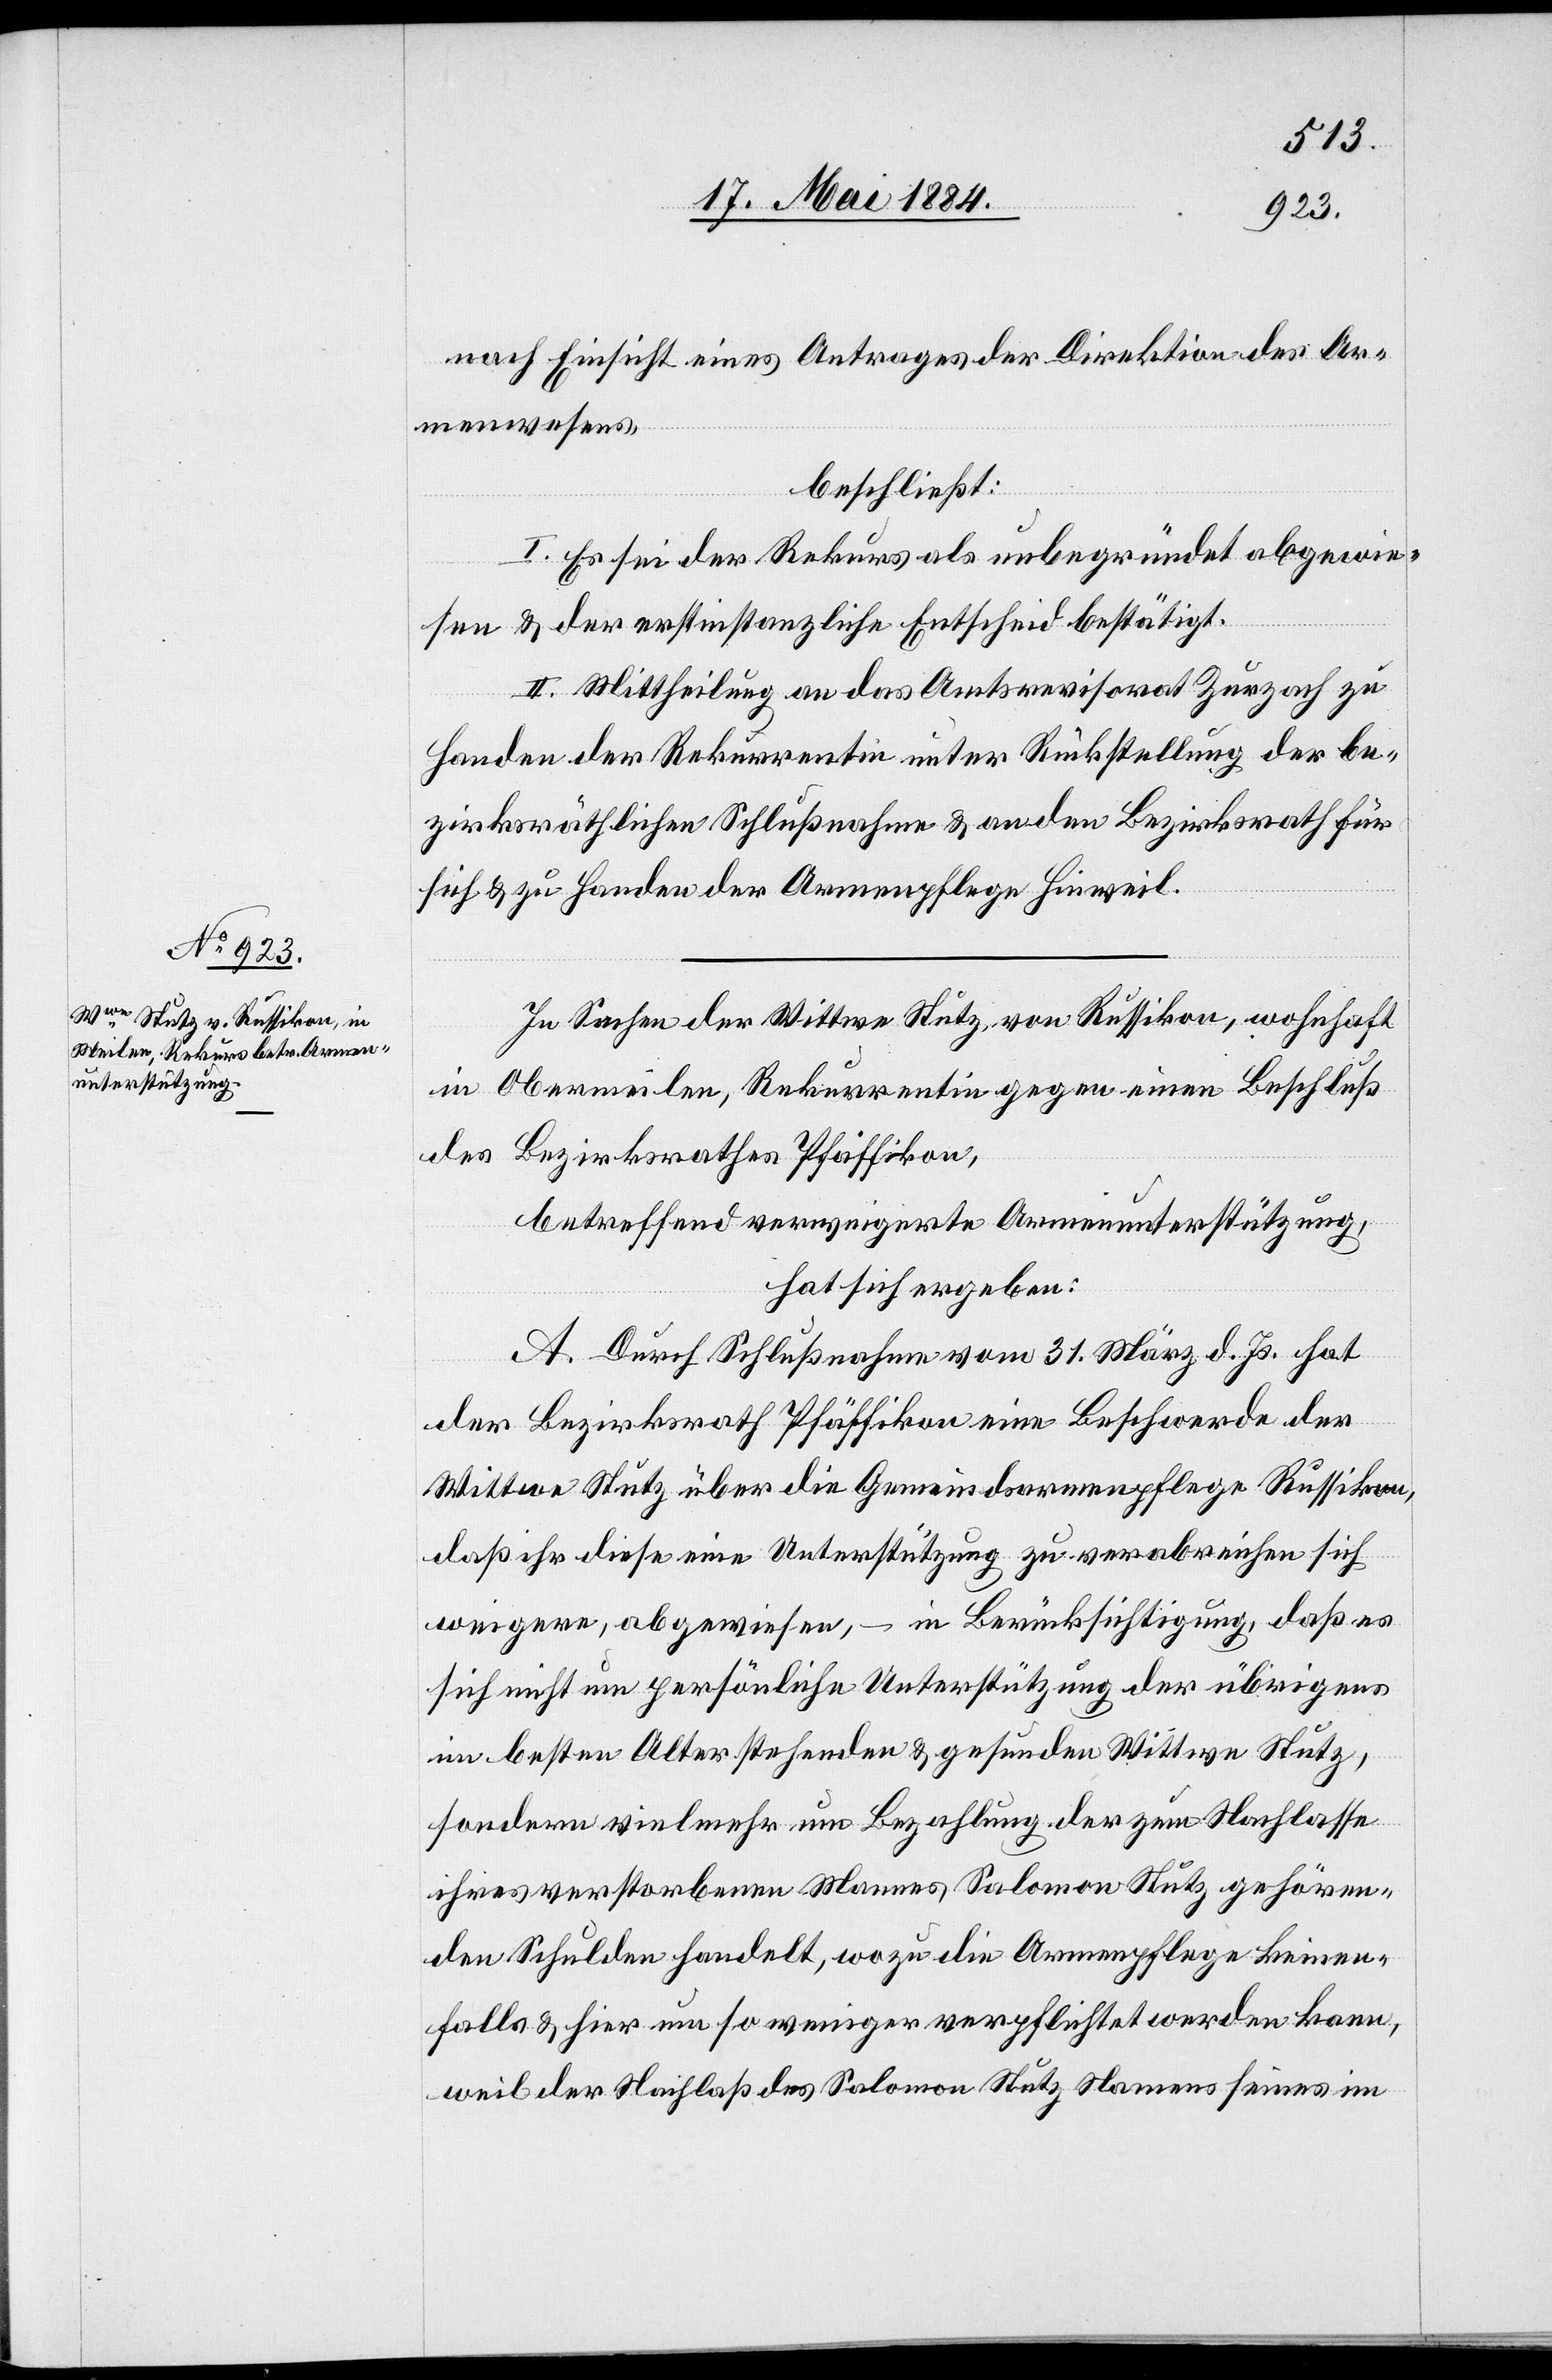
nach Einsicht eines Antrages der Direktion des Ar¬
menwesens,
beschließt:
I. Es sei der Rekurs als unbegründet abgewie¬
sen & der erstinstanzliche Entscheid bestätigt.
II. Mittheilung an das Amtsrevisorat Zurzach zu
Handen der Rekurrentin unter Rückstellung der be¬
zirksräthlichen Schlußnahme & an den Bezirksrath für
sich & zu Handen der Armenpflege Hinweil.
In Sachen der Wittwe Stutz, von Russikon, wohnhaft
in Obermeilen, Rekurrentin gegen einen Beschluß
des Bezirksrathes Pfäffikon,
betreffend verweigerte Armenunterstützung,
hat sich ergeben:
A. Durch Schlußnahme vom 31. März d. Js. hat
der Bezirksrath Pfäffikon eine Beschwerde der
Wittwe Stutz über die Gemeindsarmenpflege Russikon,
daß ihr diese eine Unterstützung zu verabreichen sich
weigere, abgewiesen, – in Berücksichtigung, daß es
sich nicht um persönliche Unterstützung der übrigens
im besten Alter stehenden & gesunden Wittwe Stutz,
sondern vielmehr um Bezahlung der zum Nachlasse
ihres verstorbenen Mannes, Salomon Stutz gehören¬
den Schulden handelt, wozu die Armenpflege keinen¬
falls & hier um so weniger verpflichtet werden kann,
weil der Nachlaß des Salomon Stutz Namens seines im